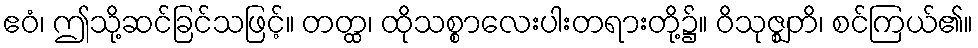
ဧဝံ၊ ဤသို့ဆင်ခြင်သဖြင့်။ တတ္ထ၊ ထိုသစ္စာလေးပါးတရားတို့၌။ ဝိသုဇ္ဈတိ၊ စင်ကြယ်၏။